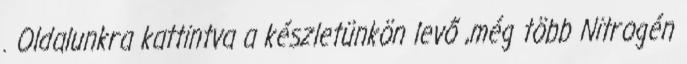
. Oldalunkra kattintva a készletünkön levő ,még több Nitrogén